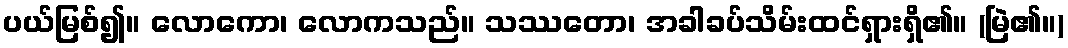
ပယ်မြစ်၍။ လောကော၊ လောကသည်။ သဿတော၊ အခါခပ်သိမ်းထင်ရှားရှိ၏။ (မြဲ၏။)